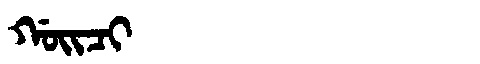
Manchu: ᡤᠣᡳᠴᡳ
Romanization: GOICI